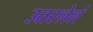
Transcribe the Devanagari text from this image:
उतरलेलं